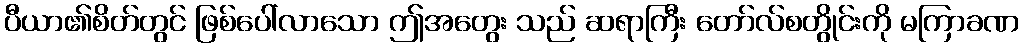
ပီယာ၏စိတ်တွင် ဖြစ်ပေါ်လာသော ဤအတွေး သည် ဆရာကြီး တော်လ်စတွိုင်းကို မကြာခဏ